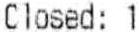
CLOSED: 1